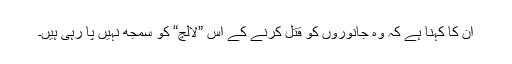
ان کا کہنا ہے کہ وہ جانوروں کو قتل کرنے کے اس ”لالچ“ کو سمجھ نہیں پا رہی ہیں۔